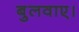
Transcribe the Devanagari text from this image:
बुलवाए।